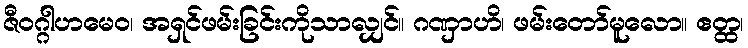
ဇီဝဂ္ဂါဟမေဝ၊ အရှင်ဖမ်းခြင်းကိုသာလျှင်။ ဂဏှာဟိ၊ ဖမ်းတော်မူလော။ ဧတ္ထ၊